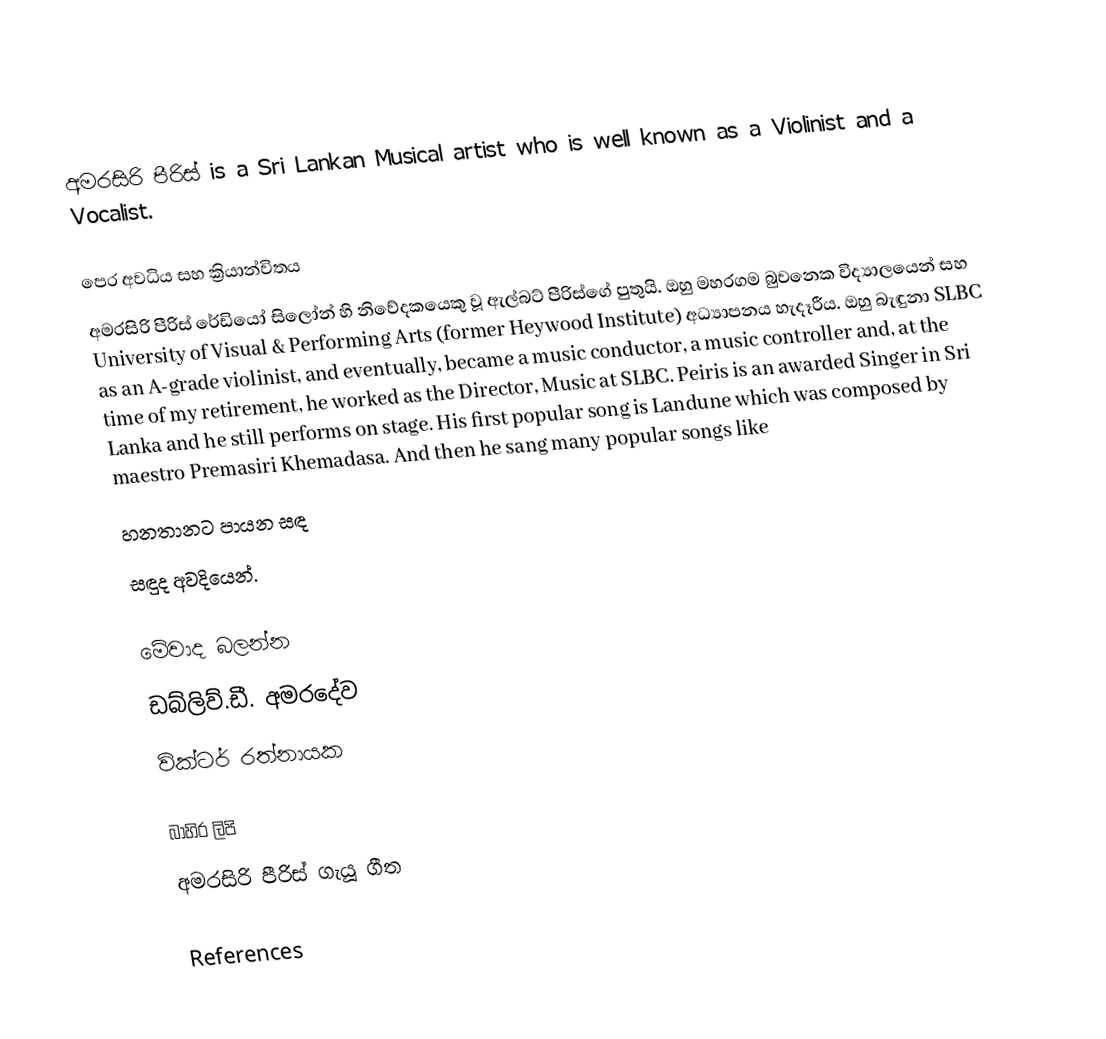
අමරසිරි පීරිස් is a Sri Lankan Musical artist who is well known as a Violinist and a Vocalist.

පෙර අවධිය සහ ක්‍රියාන්විතය
අමරසිරි පීරිස් රේඩියෝ සිලෝන් හි නිවේදකයෙකු වූ ඇල්බට් පීරිස්ගේ පුතුයි. ඔහු මහරගම බුවනෙක විද්‍යාලයෙන් සහ University of Visual & Performing Arts (former Heywood Institute) අධ්‍යාපනය හැදෑරීය. ඔහු බැඳුනා SLBC as an A-grade violinist, and eventually, became a music conductor, a music controller and, at the time of my retirement, he worked as the Director, Music at SLBC. Peiris is an awarded Singer in Sri Lanka and he still performs on stage. His first popular song is Landune which was composed by maestro Premasiri Khemadasa. And then he sang many popular songs like
හනතානට පායන සඳ
සඳුද අවදියෙන්.

මේවාද බලන්න
ඩබ්ලිව්.ඩී. අමරදේව
වික්ටර් රත්නායක

බාහිර ලිපි
අමරසිරි පීරිස් ගැයූ ගීත

References